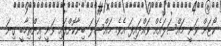
ކޯޓަށް ވަނީ މައްސަލައެއް ވައްދައިފަ އެވެ. މައްސަލަ ބިނާކޮށްފައި ވަނީ އިންތިހާބީ ގިނަ